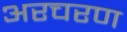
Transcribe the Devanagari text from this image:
अरचरण